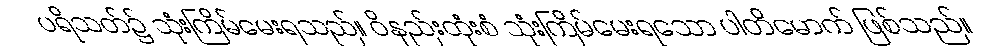
ပရိသတ်၌ သုံးကြိမ်မေးရသည်။ ဝိနည်းထုံးစံ သုံးကြိမ်မေးရသော ပါတိမောက် ဖြစ်သည်။